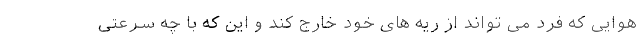
هوایی که فرد می تواند از ریه های خود خارج کند و این که با چه سرعتی